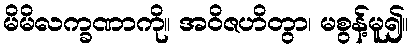
မိမိလက္ခဏာကို။ အဝိဇဟိတွာ၊ မစွန့်မူ၍။